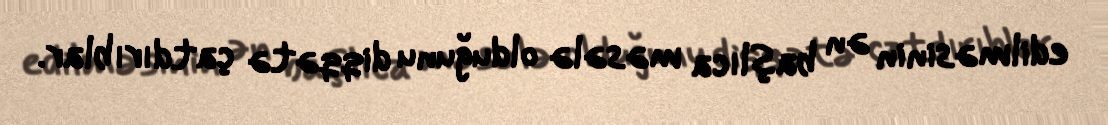
edilməsinin ən başlıca məsələ olduğunu diqqətə çatdırıblar.